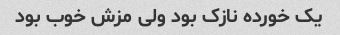
یک خورده نازک بود ولی مزش خوب بود